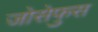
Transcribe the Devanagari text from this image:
जोसेफुस